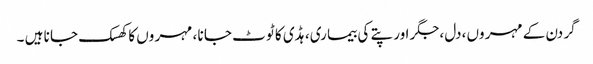
گر دن کے مہر وں ،دل ،جگر اور پتے کی بیما ری، ہڈی کا ٹو ٹ جا نا ، مہر وں کا کھسک جا نا ہیں ۔